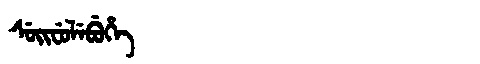
Manchu: ᠰᡠᡳᠸᡠᠯᡝᠪᡠᡥᡝ
Romanization: SUIFULEBUHE